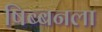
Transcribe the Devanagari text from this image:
षिब्बनला